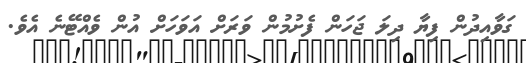
ގަވާއިދުން ފިޔާ ދިލަ ޖަހަން ފެށުމުން ވަރަށް އަވަހަށް އުން ވެއްޓޭނެ އެވެ.